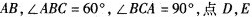
AB，∠ABC=60^{°}，∠BCA=90^{°}，点D，E